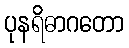
ပုနရိဓာဂတော